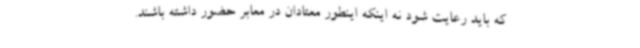
که باید رعایت شود نه اینکه اینطور معتادان در معابر حضور داشته باشند.